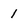
Character: 1